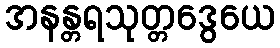
အနန္တရသုတ္တဒွေယေ